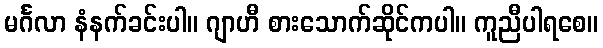
မင်္ဂလာ နံနက်ခင်းပါ။ ဂျာဟီ စားသောက်ဆိုင်ကပါ။ ကူညီပါရစေ။